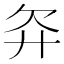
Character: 𬅝